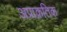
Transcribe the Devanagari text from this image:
अप्राक्रतिक